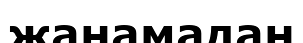
жанамадан